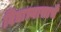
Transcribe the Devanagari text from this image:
विद्याभ्यासाचे